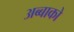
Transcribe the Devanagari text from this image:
अब्बाको